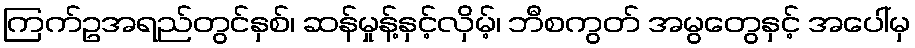
ကြက်ဥအရည်တွင်နှစ်၊ ဆန်မှုန့်နှင့်လှိမ့်၊ ဘီစကွတ် အမွတွေနှင့် အပေါ်မှ